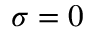
\sigma = 0